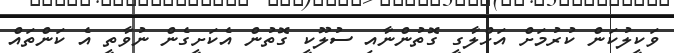
ވަކީލުކަން ކުރުމަށް އަހްލާގީ ގޮތުންނާއި ސުލޫކީ ގޮތުން އެކަށީގެން ނުވާތީ އެ ކަންތައް